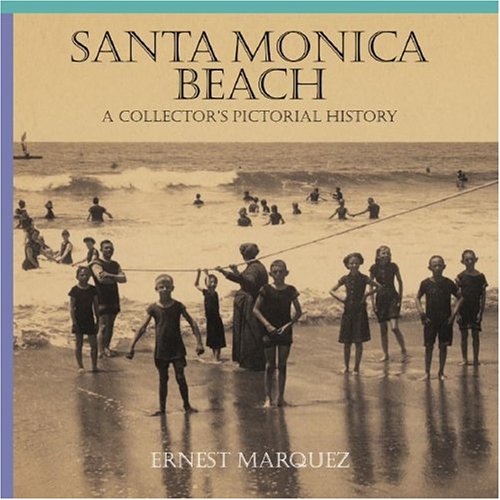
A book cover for Santa Monica Beach: A Collector's Pictorial History; Ernest Marquez; Travel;